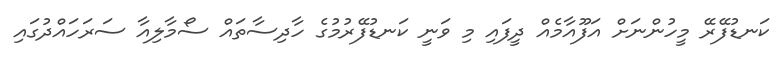
ކަނޑުފޭރޭ މީހުންނަށް އަފޫއާމެއް ދީފައި މި ވަނީ ކަނޑުފޭރުމުގެ ހާދިސާތައް ސޯމާލިއާ ސަރަހައްދުގައި